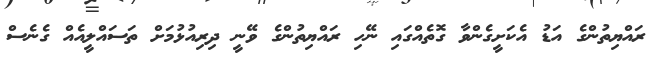
ރައްޔިތުންގެ އަޑު އެކަށީގެންވާ ގޮތެއްގައި ނޭހި ރައްޔިތުންގެ ވޭނީ ދިރިއުޅުމަށް ތަސައްލީއެއް ގެނެސް